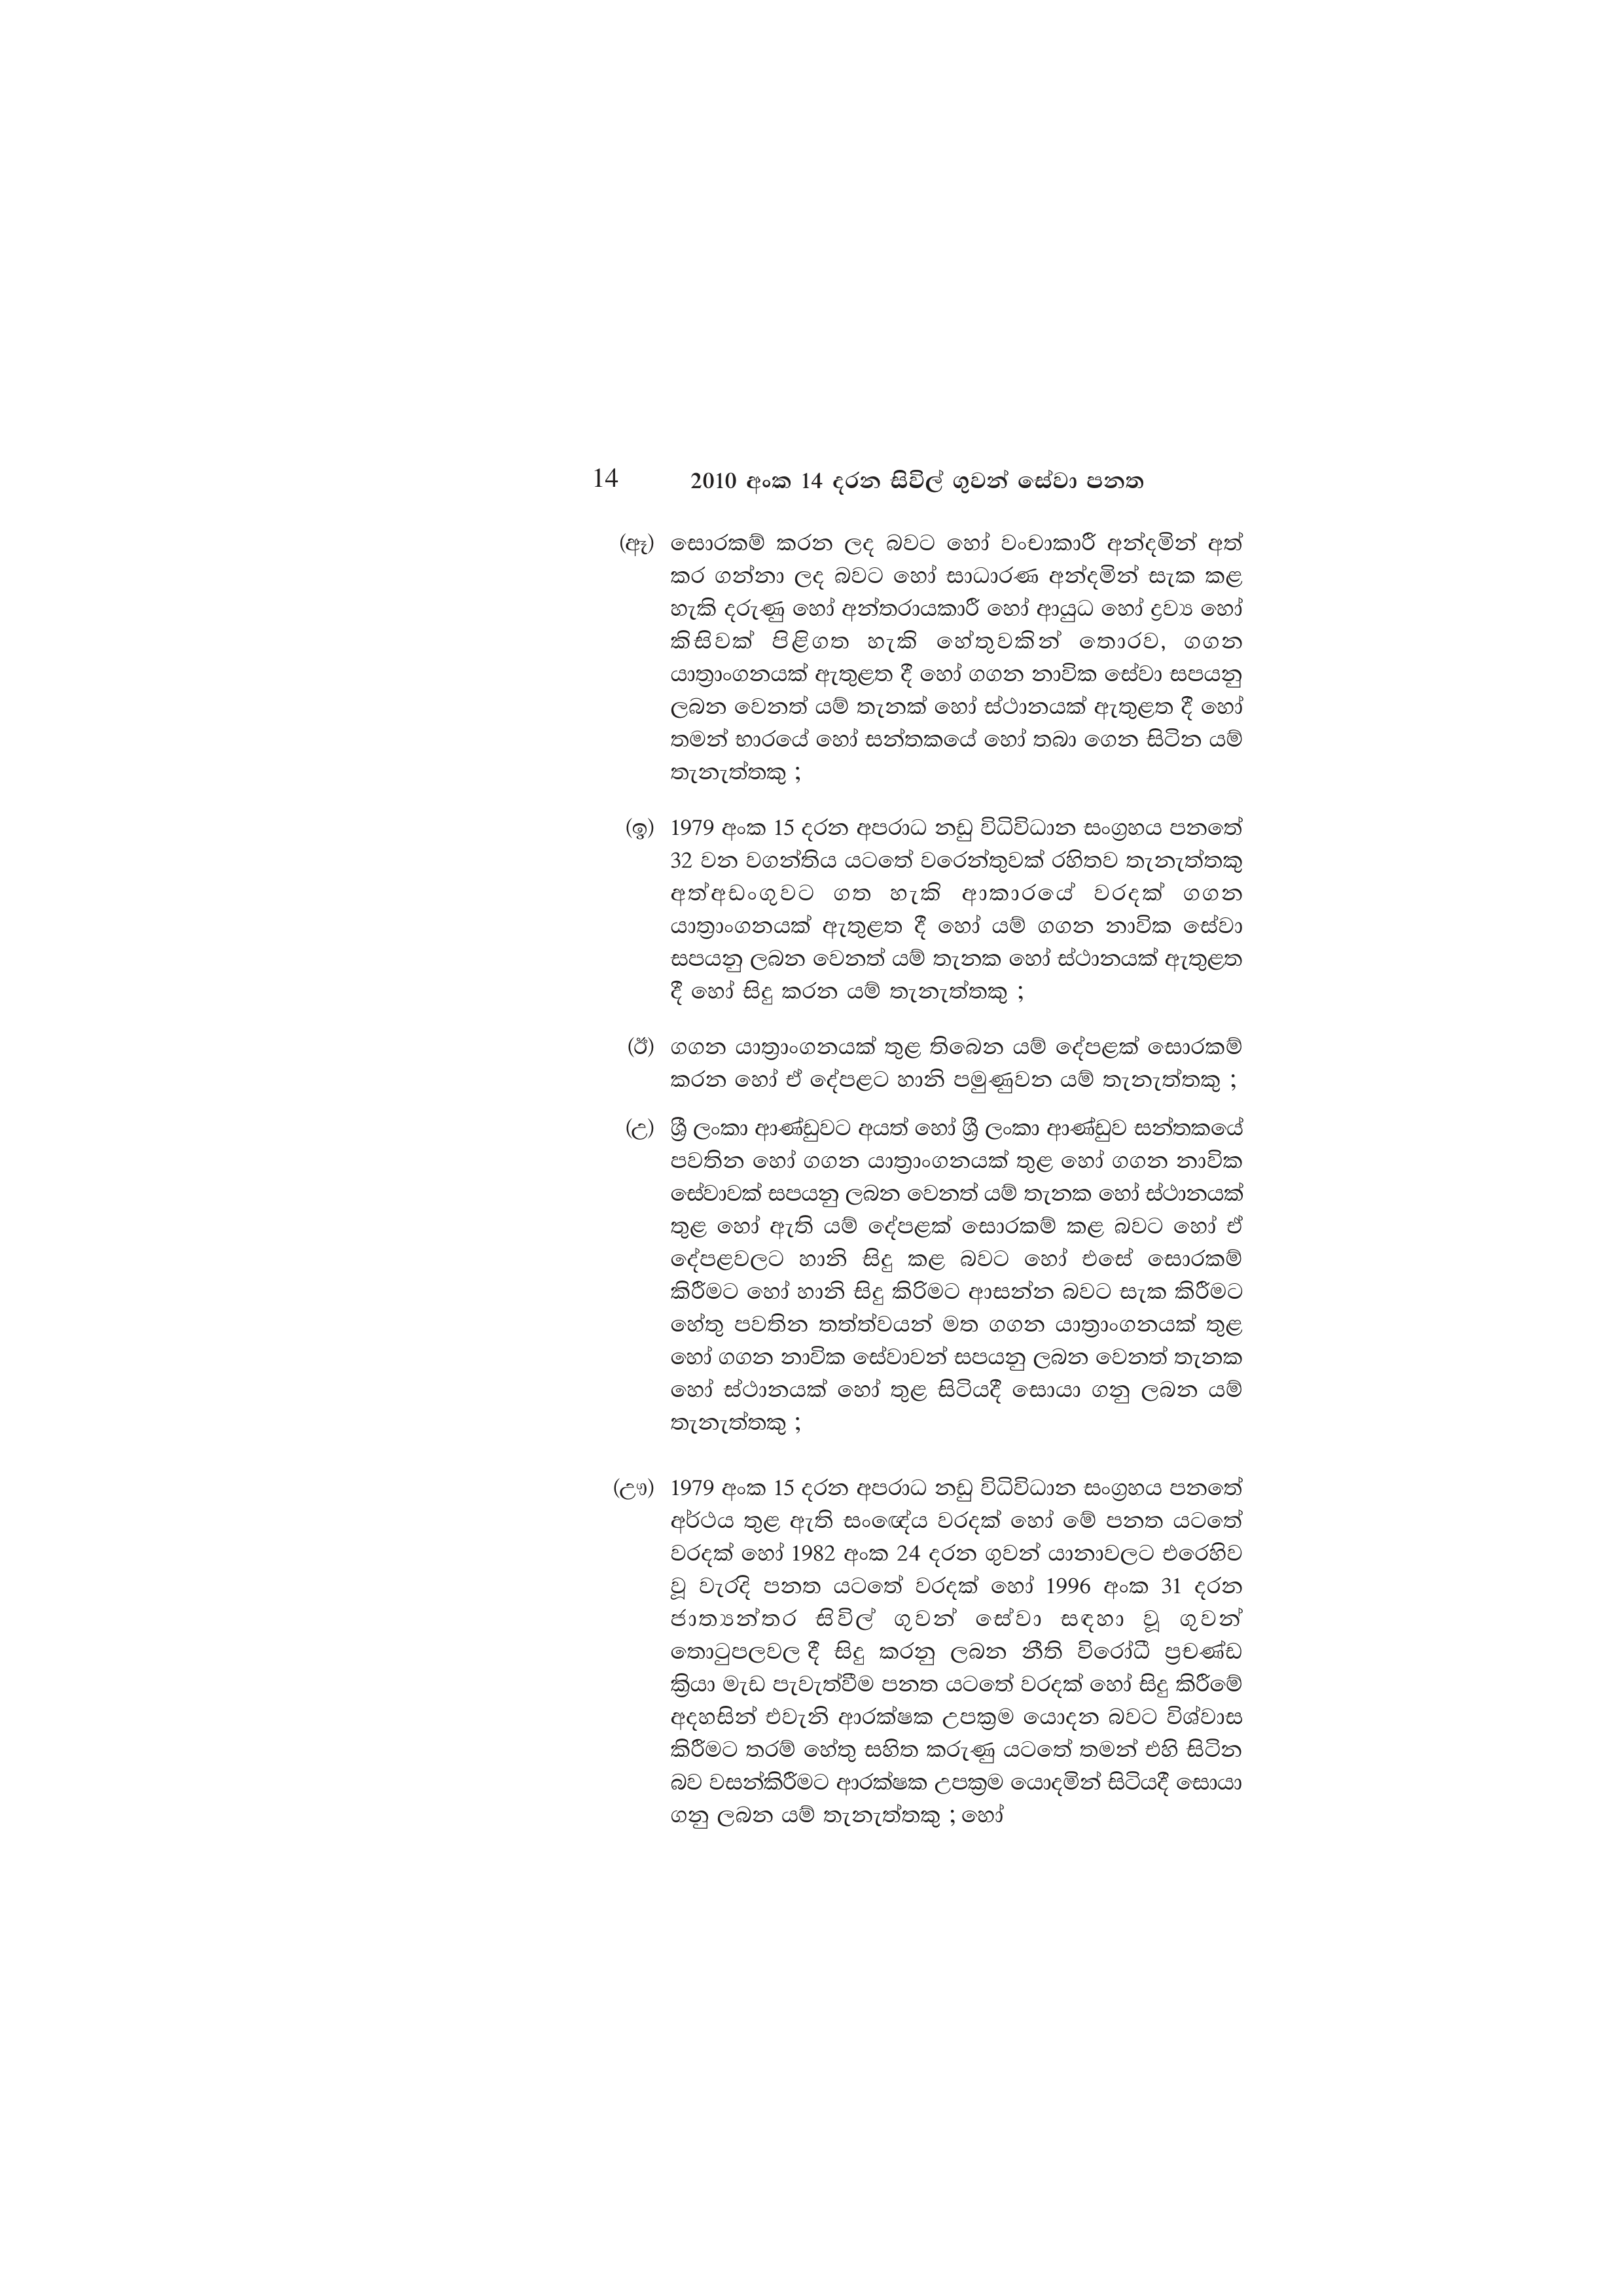
14  2010 අංක 14 දරන සිවිල් ගුවන් සේවා පනත

(ඈ) සොරකම් කරන ලද බවට හෝ වංචාකාරී අන්දමින් අත්
කර ගන්නා ලද බවට හෝ සාධාරණ අන්දමින් සැක කළ
හැකි දරුණු හෝ අන්තරායකාරී හෝ ආයුධ හෝ ද්‍රව්‍ය හෝ
කිසිවක් පිළිගත හැකි හේතුවකින් තොරව, ගගන
යාත්‍රාංගනයක් ඇතුළත දී හෝ ගගන නාවික සේවා සපයනු
ලබන වෙනත් යම් තැනක් හෝ ස්ථානයක් ඇතුළත දී හෝ
තමන් භාරයේ හෝ සන්තකයේ හෝ තබා ගෙන සිටින යම්
තැනැත්තකු ;

(ඉ) 1979 අංක 15 දරන අපරාධ නඩු විධිවිධාන සංග්‍රහය පනතේ
32 වන වගන්තිය යටතේ වරෙන්තුවක් රහිතව තැනැත්තකු
අත්අඩංගුවට ගත හැකි ආකාරයේ වරදක් ගගන
යාත්‍රාංගනයක් ඇතුළත දී හෝ යම් ගගන නාවික සේවා
සපයනු ලබන වෙනත් යම් තැනක හෝ ස්ථානයක් ඇතුළත
දී හෝ සිදු කරන යම් තැනැත්තකු ;

(ඊ) ගගන යාත්‍රාංගනයක් තුළ තිබෙන යම් දේපළක් සොරකම්
කරන හෝ ඒ දේපළට හානි පමුණුවන යම් තැනැත්තකු ;

(උ) ශ්‍රී ලංකා ආණ්ඩුවට අයත් හෝ ශ්‍රී ලංකා ආණ්ඩුව සන්තකයේ
පවතින හෝ ගගන යාත්‍රාංගනයක් තුළ හෝ ගගන නාවික
සේවාවක් සපයනු ලබන වෙනත් යම් තැනක හෝ ස්ථානයක්
තුළ හෝ ඇති යම් දේපළක් සොරකම් කළ බවට හෝ ඒ
දේපළවලට හානි සිදු කළ බවට හෝ එසේ සොරකම්
කිරීමට හෝ හානි සිදු කිරිමට ආසන්න බවට සැක කිරීමට
හේතු පවතින තත්ත්වයන් මත ගගන යාත්‍රාංගනයක් තුළ
හෝ ගගන නාවික සේවාවන් සපයනු ලබන වෙනත් තැනක
හෝ ස්ථානයක් හෝ තුළ සිටියදී සොයා ගනු ලබන යම්
තැනැත්තකු ;

(ඌ) 1979 අංක 15 දරන අපරාධ නඩු විධිවිධාන සංග්‍රහය පනතේ
අර්ථය තුළ ඇති සංඥෙය වරදක් හෝ මේ පනත යටතේ
වරදක් හෝ 1982 අංක 24 දරන ගුවන් යානාවලට එරෙහිව
වූ වැරදි පනත යටතේ වරදක් හෝ 1996 අංක 31 දරන
ජාත්‍යන්තර සිවිල් ගුවන් සේවා සඳහා වූ ගුවන්
තොටුපලවල දී සිදු කරනු ලබන නීති විරෝධී ප්‍රචණ්ඩ
ක්‍රියා මැඩ පැවැත්වීම පනත යටතේ වරදක් හෝ සිදු කිරීමේ
අදහසින් එවැනි ආරක්ෂක උපක්‍රම යොදන බවට විශ්වාස
කිරීමට තරම් හේතු සහිත කරුණු යටතේ තමන් එහි සිටින
බව වසන්කිරීමට ආරක්ෂක උපක්‍රම යොදමින් සිටියදී සොයා
ගනු ලබන යම් තැනැත්තකු ; හෝ